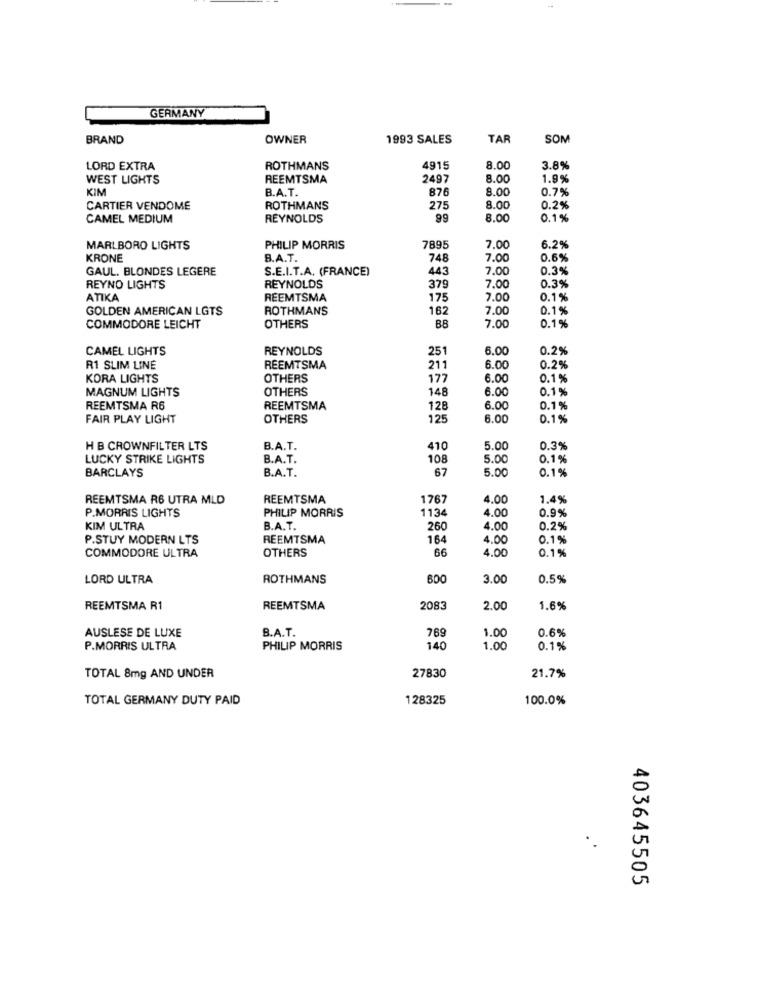
GERMANY
BRAND
OWNER
1993 SALES
TAR
SOM
LORD EXTRA
ROTHMANS
4915
8.0
3.8%
WEST LIGHTS
REEMTSMA
2497
8.00
1.9%
KIM
B.A.T.
876
8.0
0.7%
CARTIER VENDOME
ROTHMANS
275
8.0
0.2%
CAMEL MEDIUM
REYNOLDS
99
8.00
0.1%
MARLBORO LIGHTS
PHILIP MORRIS
7895
7.00
6.2%
KRONE
B.A.T.
748
7.00
0.6%
GAUL. BLONDES LEGERE
S.E.I.T.A. (FRANCE)
443
7.00
0.3%
REYNO LIGHTS
REYNOLDS
379
7.00
0.3%
ATIKA
REEMTSMA
175
7.00
0.1%
GOLDEN AMERICAN LGTS
ROTHMANS
162
7.00
0.1%
7.00
COMMODORE LEICHT
OTHERS
BB
0.1%
CAMEL LIGHTS
REYNOLDS
251
6.00
0.2%
R1 SLIM LINE
REEMTSMA
211
6.00
0.2%
KORA LIGHTS
OTHERS
177
6.00
0.1%
MAGNUM LIGHTS
OTHERS
148
6.00
0.1 %
REEMTSMA R6
REEMTSMA
128
6.00
0.1 %
FAIR PLAY LIGHT
OTHERS
125
6.00
0.1%
H B CROWNFILTER LTS
B.A.T.
410
5.00
0.3%
LUCKY STRIKE LIGHTS
B.A.T.
108
5.00
0.1%
BARCLAYS
B.A.T.
67
5.00
0.1%
REEMTSMA R6 UTRA MLD
REEMTSMA
1767
4.00
1.4%
P.MORRIS LIGHTS
PHILIP MORRIS
1134
4.00
0.9%
KIM ULTRA
B.A.T.
260
4.00
0.2%
P.STUY MODERN LTS
REEMTSMA
164
4.00
0.1%
COMMODORE ULTRA
OTHERS
66
4.00
0.1%
LORD ULTRA
ROTHMANS
600
3.00
0.5%
REEMTSMA R1
REEMTSMA
2083
2.00
1.6%
B.A.T.
769
0.6%
AUSLESE DE LUXE
1.00
P.MORRIS ULTRA
PHILIP MORRIS
140
1.00
0.1%
27830
21.7%
TOTAL 8mg AND UNDER
TOTAL GERMANY DUTY PAID
128325
100.0%
.
403645505